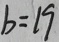
b = 1 9